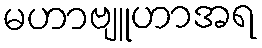
မဟာဗျူဟာအရ